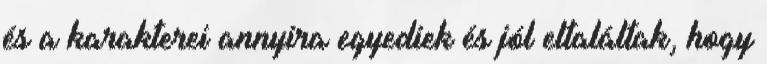
és a karakterei annyira egyediek és jól eltaláltak, hogy